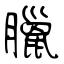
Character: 臘